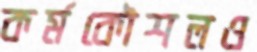
কর্মকৌশলও